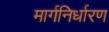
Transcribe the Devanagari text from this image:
मार्गनिर्धारण